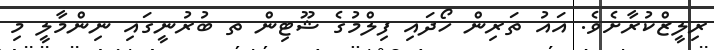
ރިލީޒްކުރާށެވެ. އައު ތަރިން ހޯދައި ފިލްމުގެ ޝޫޓިން ތ ބުރުނީގައި ނިންމާލީ މި